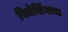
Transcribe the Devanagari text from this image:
बिजेसिंगाचा